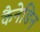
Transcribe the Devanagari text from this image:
कैनेडिन